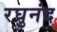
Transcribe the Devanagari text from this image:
रघुनंद